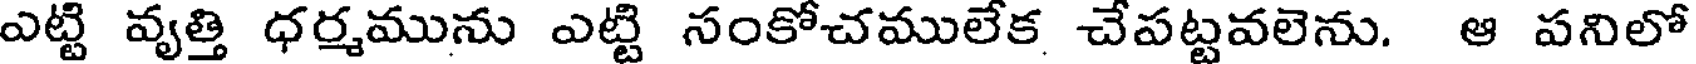
ఎట్టి వృత్తి ధర్మమును ఎట్టి సంకోచములేక చేపట్టవలెను. ఆ పనిలో